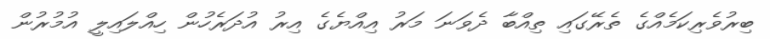
ބިރުވެރިކަމެއްގެ ތެރޭގައި ތިއްބާ ދެވަނަ މަރު އިއްޔެގެ އިރު އުދަރެހުން ހިއްލައިލީ އުމުރުން